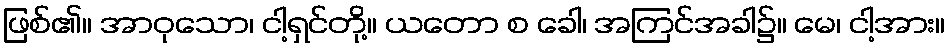
ဖြစ်၏။ အာဝုသော၊ ငါ့ရှင်တို့။ ယတော စ ခေါ၊ အကြင်အခါ၌။ မေ၊ ငါ့အား။